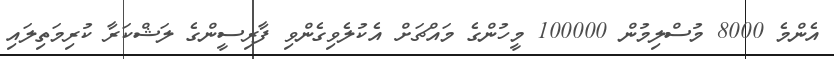
އެންމެ 8000 މުސްލިމުން 100000 މީހުންގެ މައްޗަށް އެކުލެވިގެންވި ފާރިސީންގެ ލަޝްކަރާ ކުރިމަތިލައި